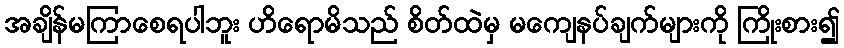
အချိန်မကြာစေရပါဘူး ဟိရောမိသည် စိတ်ထဲမှ မကျေနပ်ချက်များကို ကြိုးစား၍